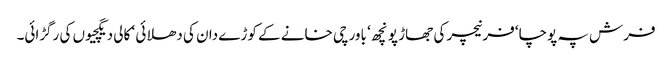
فرش پہ پوچا‘ فرنیچر کی جھاڑ پونچھ ‘ باورچی خانے کے کوڑے دان کی دھلائی ‘ کالی دیگچیوں کی رگڑائی۔